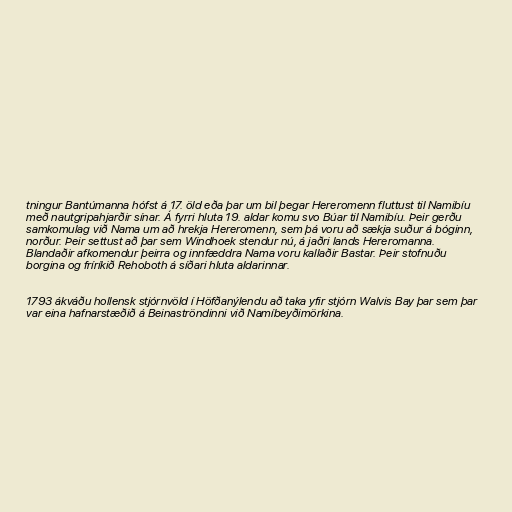
tningur Bantúmanna hófst á 17. öld eða þar um bil þegar Hereromenn fluttust til Namibíu
með nautgripahjarðir sínar. Á fyrri hluta 19. aldar komu svo Búar til Namibíu. Þeir gerðu
samkomulag við Nama um að hrekja Hereromenn, sem þá voru að sækja suður á bóginn,
norður. Þeir settust að þar sem Windhoek stendur nú, á jaðri lands Hereromanna.
Blandaðir afkomendur þeirra og innfæddra Nama voru kallaðir Bastar. Þeir stofnuðu
borgina og fríríkið Rehoboth á síðari hluta aldarinnar.

1793 ákváðu hollensk stjórnvöld í Höfðanýlendu að taka yfir stjórn Walvis Bay þar sem þar
var eina hafnarstæðið á Beinaströndinni við Namíbeyðimörkina.